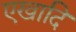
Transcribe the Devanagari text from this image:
एखादि